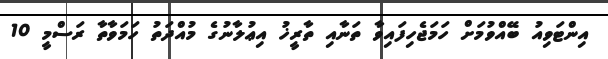
އިންޓަވިއު ބޭއްވުމަށް ހަމަޖެހިފައިވާ ތަނާއި ތާރީޚު އިޢުލާނުގެ މުއްދަތު ހަމަވާތާ ރަސްމީ 10